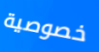
خصوصية